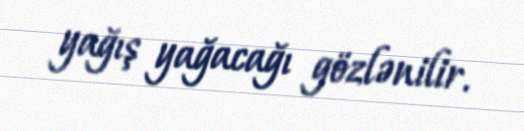
yağış yağacağı gözlənilir.